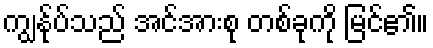
ကျွန်ုပ်သည် အင်အားစု တစ်ခုကို မြင်၏။